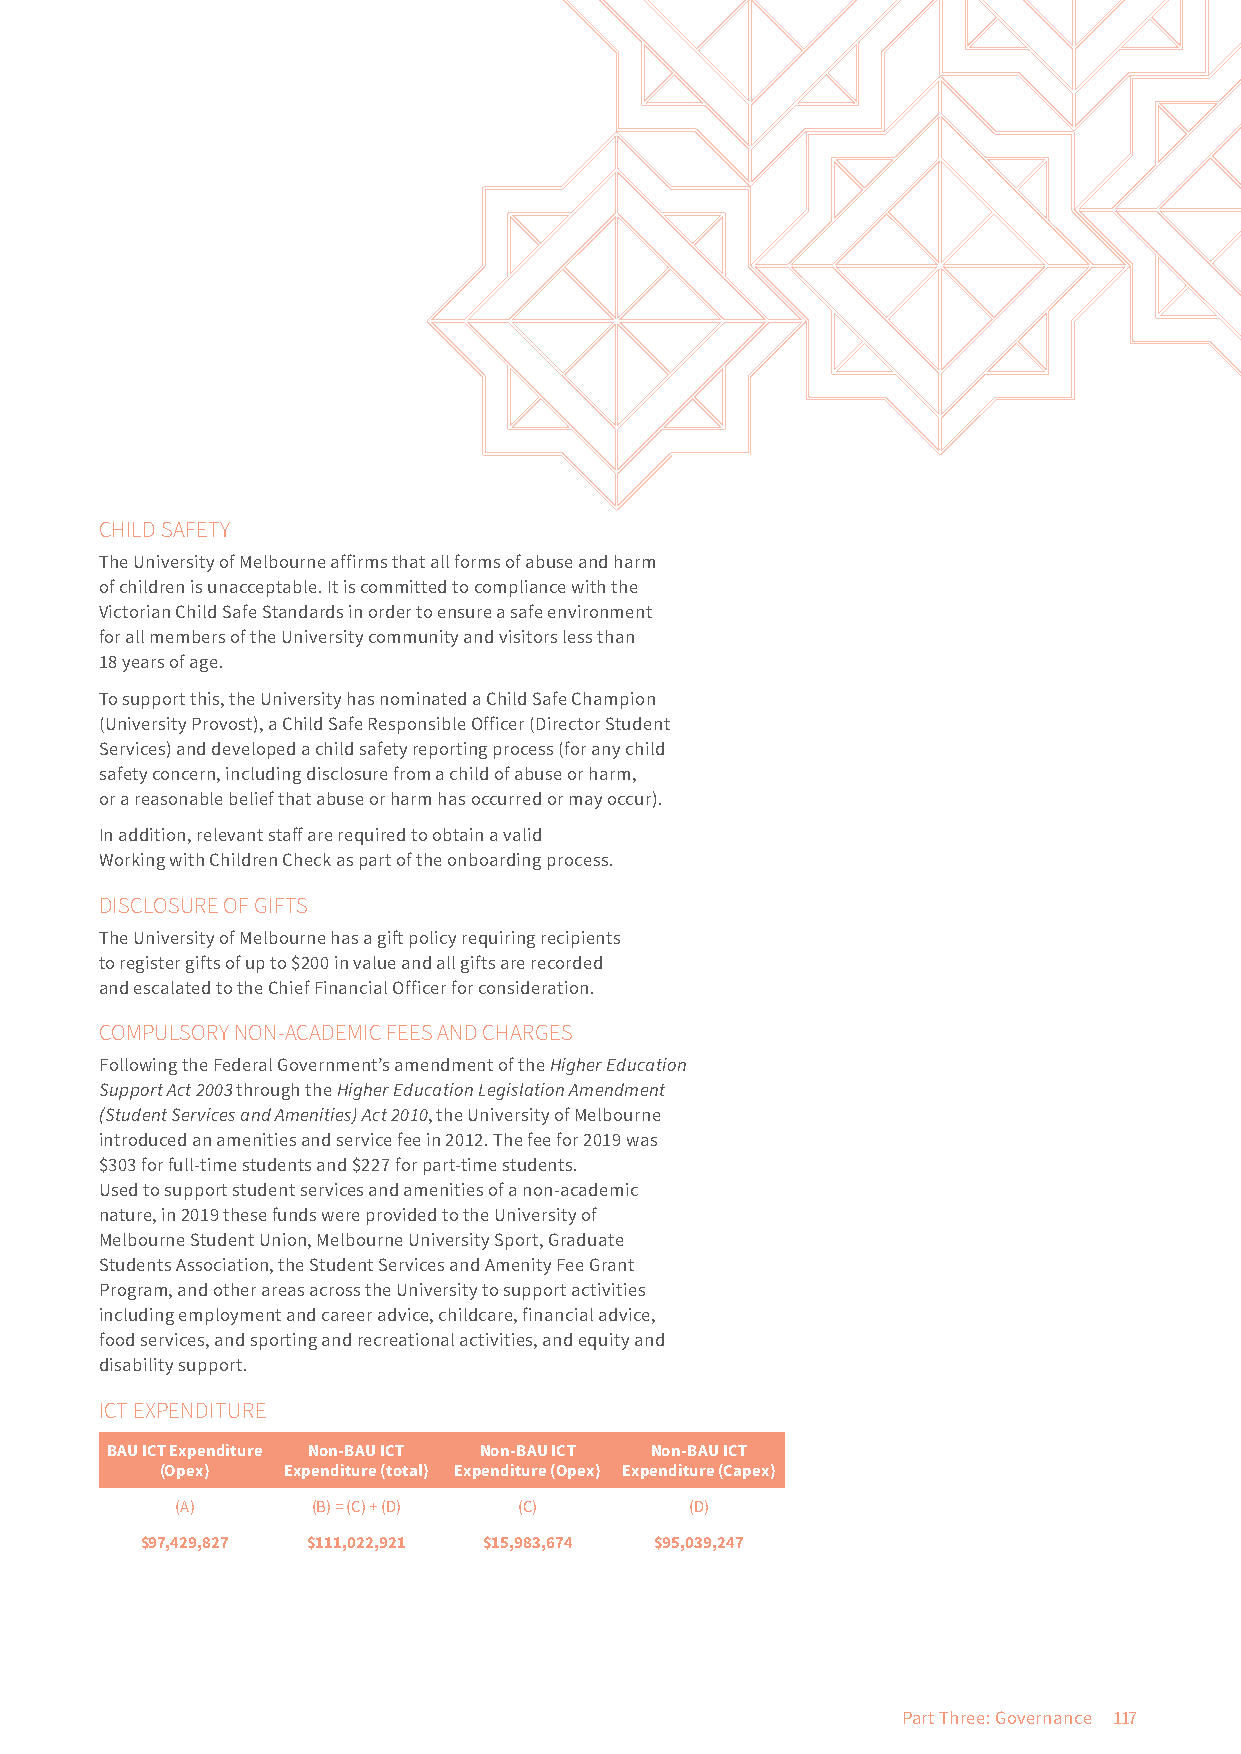
CHILD SAFETY
 The University of Melbourne affirms that all forms of abuse and harm
 of children is unacceptable. It is committed to compliance with the
 Victorian Child Safe Standards in order to ensure a safe environment
 for all members of the University community and visitors less than
 18 years of age.
 To support this, the University has nominated a Child Safe Champion
 (University Provost), a Child Safe Responsible Officer (Director Student
 Services) and developed a child safety reporting process (for any child
 safety concern, including disclosure from a child of abuse or harm,
 or a reasonable belief that abuse or harm has occurred or may occur).
 In addition, relevant staff are required to obtain a valid
 Working with Children Check as part of the onboarding process.
 DISCLOSURE OF GIFTS
 The University of Melbourne has a gift policy requiring recipients
 to register gifts of up to $200 in value and all gifts are recorded
 and escalated to the Chief Financial Officer for consideration.
 COMPULSORY NON-ACADEMIC FEES AND CHARGES
 Following the Federal Government’s amendment of the Higher Education
 Support Act 2003 through the Higher Education Legislation Amendment
 (Student Services and Amenities) Act 2010, the University of Melbourne
 introduced an amenities and service fee in 2012. The fee for 2019 was
 $303 for full-time students and $227 for part-time students.
 Used to support student services and amenities of a non-academic
 nature, in 2019 these funds were provided to the University of
 Melbourne Student Union, Melbourne University Sport, Graduate
 Students Association, the Student Services and Amenity Fee Grant
 Program, and other areas across the University to support activities
 including employment and career advice, childcare, financial advice,
 food services, and sporting and recreational activities, and equity and
 disability support.
 ICT EXPENDITURE
 BAU ICT Expenditure Non-BAU ICT Non-BAU ICT Non-BAU ICT
 (Opex)  Expenditure (total) Expenditure (Opex) Expenditure (Capex)
 (A)      (B) = (C) + (D) (C)      (D)
 $97,429,827 $111,022,921 $15,983,674 $95,039,247
 Part Three: Governance 117